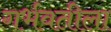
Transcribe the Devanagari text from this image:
गर्भवतीला